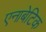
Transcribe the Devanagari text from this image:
एनाबेटिक